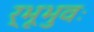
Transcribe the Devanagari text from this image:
र्भूभुवः